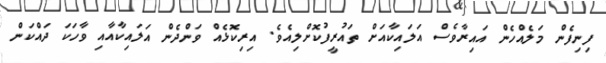
ފިނިފެން މަލެއްހެން އައިރާވެސް އަލައިކާއަށް ތައުރީފުކޮށްލިއެވެ. އިރިކޮޅެއް ވަންދެން އަލައިކާއާއި ވާހަކަ ދައްކަން